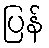
ပြန်